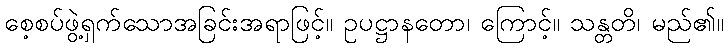
စေ့စပ်ဖွဲ့ရှက်သောအခြင်းအရာဖြင့်။ ဥပဋ္ဌာနတော၊ ကြောင့်။ သန္တတိ၊ မည်၏။